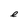
Character: e